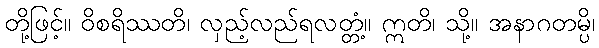
တို့ဖြင့်။ ဝိစရိဿတိ၊ လှည့်လည်ရလတ္တံ့။ ဣတိ၊ သို့။ အနာဂတမ္ပိ၊